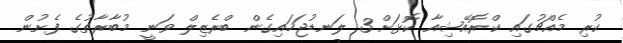
ކުރި މެއްޗުގައި ކްރޮއޭޝިއާ ކޮޅަށް 3 ލަނޑުޖަހައިގެން ބްރެޒިލް ވަނީ މުބާރާތުގެ ފެށުން